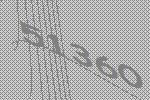
51360